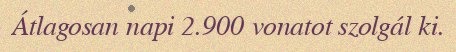
Átlagosan napi 2.900 vonatot szolgál ki.